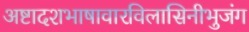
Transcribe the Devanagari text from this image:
अष्टादशभाषावारविलासिनीभुजंग